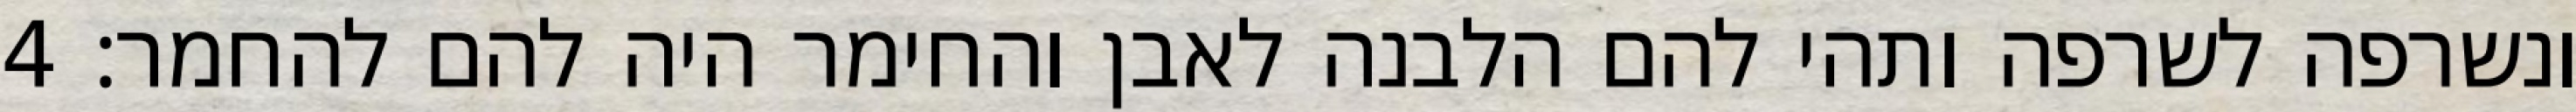
ונשרפה לשרפה ותהי להם הלבנה לאבן והחימר היה להם להחמר׃ ‎4‏